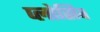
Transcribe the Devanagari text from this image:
प्लोसिव